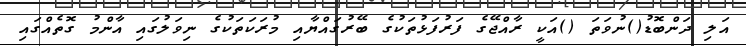
އަލި ދަންބޮޑު()ނުވަތަ ()އަކީ ރާއްޖޭގެ ފަރުފަޅުތަކުގެ ބޭރުގައްޔާއި މުރަކަތަކުގެ ނިވަލުގައި އާންމު ގޮތެއްގައި